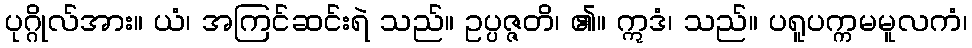
ပုဂ္ဂိုလ်အား။ ယံ၊ အကြင်ဆင်းရဲ သည်။ ဥပ္ပဇ္ဇတိ၊ ၏။ ဣဒံ၊ သည်။ ပရူပက္ကမမူလကံ၊